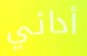
أدائي